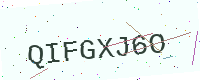
Text: QIFGXJ6O